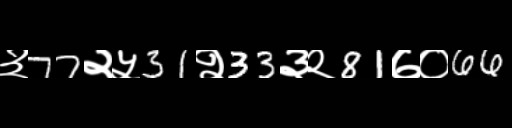
Text: ३77२५31२33३२81७०66